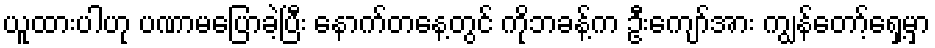
ယူထားပါဟု ပဏာမပြောခဲ့ပြီး နောက်တနေ့တွင် ကိုဘခန့်က ဦးကျော်အား ကျွန်တော့်ရှေ့မှာ